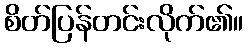
စိတ်ပြန်တင်းလိုက်၏။